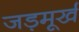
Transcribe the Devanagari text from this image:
जड़मूर्ख